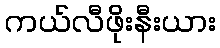
ကယ်လီဖိုးနီးယား